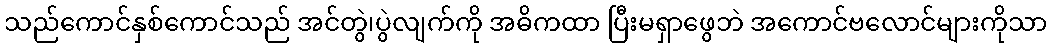
သည်ကောင်နှစ်ကောင်သည် အင်တွဲ၊ပွဲလျက်ကို အဓိကထာ ပြီးမရှာဖွေဘဲ အကောင်ဗလောင်များကိုသာ